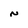
Character: N